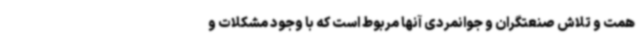
همت و تلاش صنعتگران و جوانمردی آنها مربوط است که با وجود مشکلات و